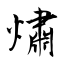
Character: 熽